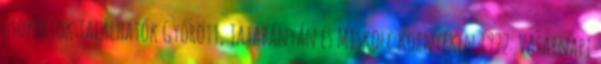
csoportok találhatók Győrött, Tatabányán és Miskolc környékén 1922: Vasárnapi